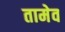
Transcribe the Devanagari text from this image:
तामेव